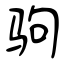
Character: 驹